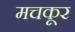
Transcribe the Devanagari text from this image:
मचकूर